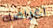
اغراضك